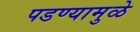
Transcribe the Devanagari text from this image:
पडण्यामुळे